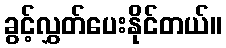
ခွင့်လွှတ်ပေးနိုင်တယ်။